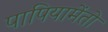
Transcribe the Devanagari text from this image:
पापियामेंतो